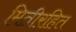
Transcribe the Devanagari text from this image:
मितीरहित